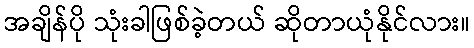
အချိန်ပို သုံးခါဖြစ်ခဲ့တယ် ဆိုတာယုံနိုင်လား။